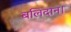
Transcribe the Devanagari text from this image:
बलिदान।